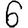
Digit: 6